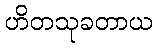
ဟိတသုခတာယ